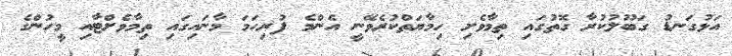
އަޅުގަނޑު ގަބޫލުކުރާ ގޮތުގައި ތިމާވެށި ހިމާޔަތްކުރެވޭނީ އެންމެ ފުރިހަމަ މާނައިގައި ތިމާވެށްޓާއި މީހުންގެ